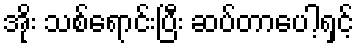
အိုး သစ်ရောင်းပြီး ဆပ်တာပေါ့ရှင့်